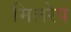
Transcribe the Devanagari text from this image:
मिलरेप